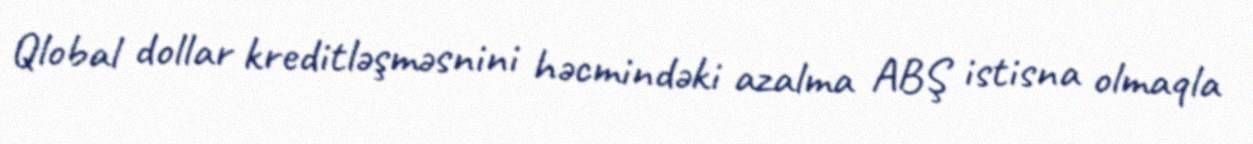
Qlobal dollar kreditləşməsnini həcmindəki azalma ABŞ istisna olmaqla